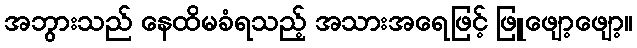
အဘွားသည် နေထိမခံရသည့် အသားအရေဖြင့် ဖြူဖျော့ဖျော့။